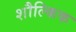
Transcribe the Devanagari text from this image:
शौल्किक